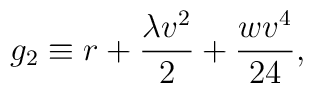
g_2 \equiv r+\frac{\lambda v^2}{2} + \frac{wv^4}{24},